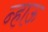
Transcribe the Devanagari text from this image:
न्हाऊ